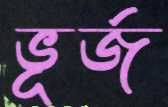
ভূর্জ